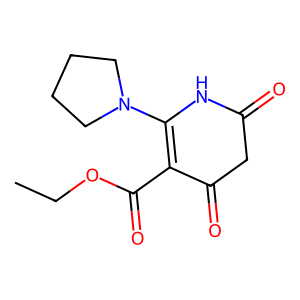
SMILES: CCOC(=O)C1=C(N2CCCC2)NC(=O)CC1=O
Inhibits HIV replication: No